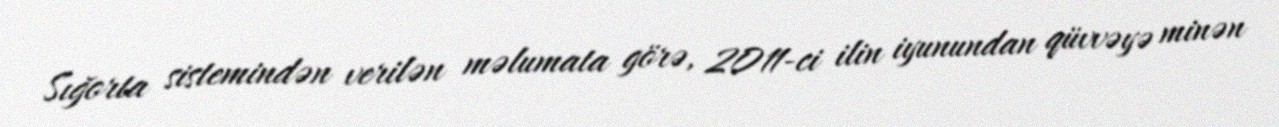
Sığorta sistemindən verilən məlumata görə, 2011-ci ilin iyunundan qüvvəyə minən